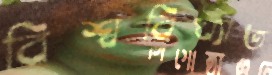
বিশ্ববিখ্যাত